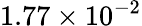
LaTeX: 1.77\times 10^{-2}